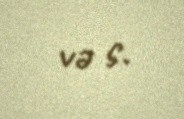
və s.